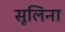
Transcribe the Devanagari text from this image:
सूलिना